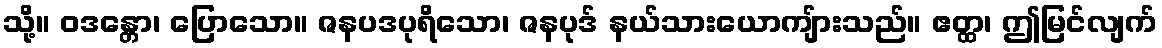
သို့။ ဝဒန္တော၊ ပြောသော။ ဇနပဒပုရိသော၊ ဇနပုဒ် နယ်သားယောကျ်ားသည်။ ဧတ္ထ၊ ဤမြင်လျက်